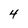
Character: 4